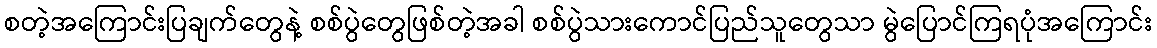
စတဲ့အကြောင်းပြချက်တွေနဲ့ စစ်ပွဲတွေဖြစ်တဲ့အခါ စစ်ပွဲသားကောင်ပြည်သူတွေသာ မွဲပြောင်ကြရပုံအကြောင်း